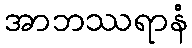
အာဘဿရာနံ